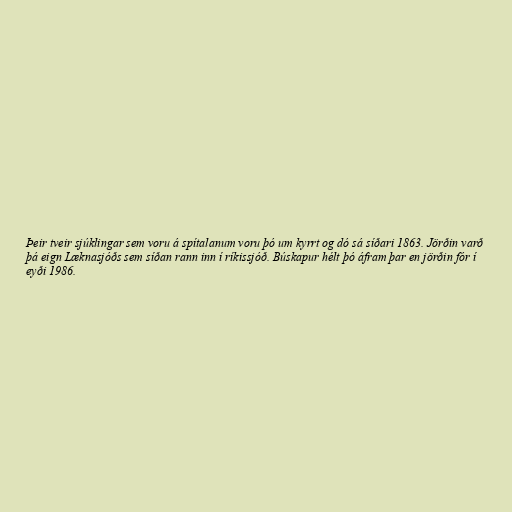
Þeir tveir sjúklingar sem voru á spítalanum voru þó um kyrrt og dó sá síðari 1863. Jörðin varð
þá eign Læknasjóðs sem síðan rann inn í ríkissjóð. Búskapur hélt þó áfram þar en jörðin fór í
eyði 1986.